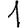
Digit: 1